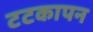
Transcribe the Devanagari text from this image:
टटकापन